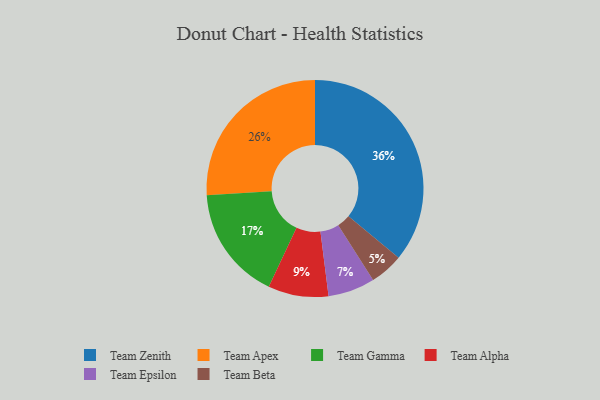
{"axis": {"x": "Category", "y": "Percentage"}, "legend": ["Team Alpha", "Team Apex", "Team Beta", "Team Epsilon", "Team Gamma", "Team Zenith"], "data": [{"x": "Team Gamma", "y": 17, "type": "Team Gamma"}, {"x": "Team Apex", "y": 26, "type": "Team Apex"}, {"x": "Team Epsilon", "y": 7, "type": "Team Epsilon"}, {"x": "Team Alpha", "y": 9, "type": "Team Alpha"}, {"x": "Team Beta", "y": 5, "type": "Team Beta"}, {"x": "Team Zenith", "y": 36, "type": "Team Zenith"}]}